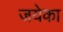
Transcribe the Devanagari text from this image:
जयेका